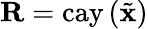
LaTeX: \mathbf{R}=\mathrm{cay}\left(\tilde{\mathbf{x}}\right)